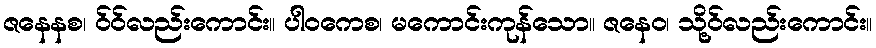
ဇနေနစ၊ ဝ်ဝ်လည်းကောင်း။ ပါဝကေစ၊ မကောင်းကုန်သော။ ဇနေဝ၊ သို့ဝ်လည်းကောင်း။